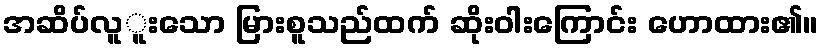
အဆိပ်လူူးသော မြားစူသည်ထက် ဆိုးဝါးကြောင်း ဟောထား၏။